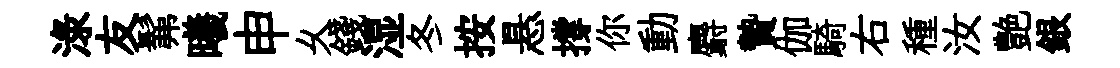
渌友髴曦申乆錢湿冬按悬撐你動麝贄伽騎右種汝艶銀